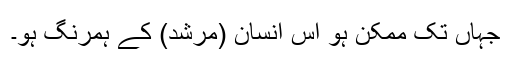
جہاں تک ممکن ہو اُس انسان (مُرشد) کے ہمرنگ ہو۔